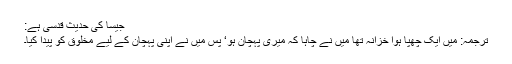
جیسا کی حدیثِ قدسی ہے:
ترجمہ: میں ایک چُھپا ہوا خزانہ تھا میں نے چاہا کہ میری پہچان ہو‘ پس میں نے اپنی پہچان کے لیے مخلوق کو پیدا کیا۔